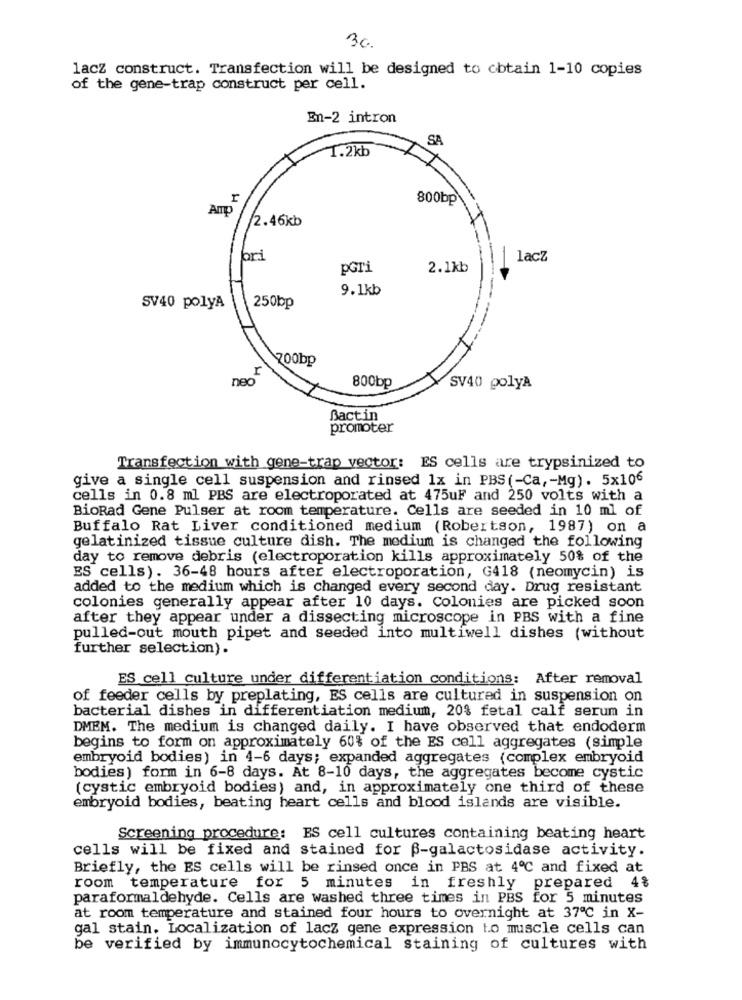
36.
lacz construct. Transfection will be designed to obtain 1-10 copies
of the gene-trap construct per cell.
En-2 intron
SA
1.2kb
800bp
Amp
/2.46kb
bri
lacz
PGTi
2.1kb
9.1kb
SV40 polyA
250bp
700bp
neo
800bp
SV40 polyA
Bactin
promoter
Transfection with gene-trap vector: ES cells are trypsinized to
give a single cell suspension and rinsed 1x in PBS (-Ca, - Mg). 5x106
cells in 0.8 ml PBS are electroporated at 475uF and 250 volts with a
BioRad Gene Pulser at room temperature. Cells are seeded in 10 ml of
Buffalo Rat Liver conditioned medium (Robertson, 1987) on a
gelatinized tissue culture dish. The medium is changed the following
day to remove debris (electroporation kills approximately 50% of the
ES cells). 36-48 hours after electroporation, G418 (neomycin) is
added to the medium which is changed every second day. Drug resistant
colonies generally appear after 10 days. Colonies are picked soon
after they appear under a dissecting microscope in PBS with a fine
pulled-out mouth pipet and seeded into multiwell dishes (without
further selection).
ES cell culture under differentiation conditions: After removal
of feeder cells by preplating, ES cells are cultured in suspension on
bacterial dishes in differentiation medium, 20% fetal calf serum in
DMEM. The medium is changed daily. I have observed that endoderm
begins to form on approximately 60% of the ES cell aggregates (simple
embryoid bodies) in 4-6 days; expanded aggregates (complex embryoid
bodies) form in 6-8 days. At 8-10 days, the aggregates become cystic
(cystic embryoid bodies) and, in approximately one third of these
embryoid bodies, beating heart cells and blood islands are visible.
Screening procedure: ES cell cultures containing beating heart
cells will be fixed and stained for f-galactosidase activity.
Briefly, the ES cells will be rinsed once in PBS at 4℃ and fixed at
room temperature for 5 minutes in freshly prepared 4%
paraformaldehyde. Cells are washed three times in PBS for 5 minutes
at room temperature and stained four hours to overnight at 37ª℃ in X-
gal stain. Localization of lacz gene expression to muscle cells can
be verified by immunocytochemical staining of cultures with